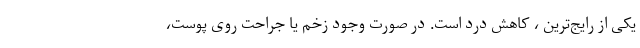
یکی از رایج‌ترین ، کاهش درد است. در صورت وجود زخم یا جراحت روی پوست،